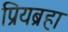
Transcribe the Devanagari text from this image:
प्रियब्रहा